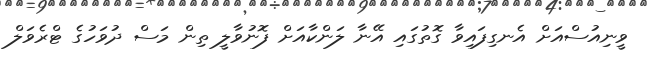
ވީނިއުސްއަށް އެނގިފައިވާ ގޮތުގައި އޭނާ ލަންކާއަށް ފޮނުވާލީ ތިން މަސް ދުވަހުގެ ޓްރެވަލް